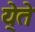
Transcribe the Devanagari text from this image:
ये्ते